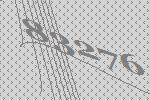
83276